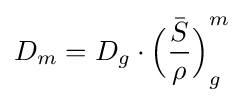
D_{m}=D_{g}\cdot {\bar {{\Bigl (}{\frac {S}{\rho }}{\Bigr )}}}_{g}^{m}